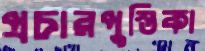
প্রচারপুস্তিকা